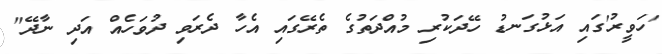
'ހަވީރު'ގައި އަޅުގަނޑު ހޭދަކުރި މުއްދަތުގެ ތެރޭގައި އެހާ ދެރަވި ދުވަހެއް އަދި ނާދޭ"